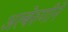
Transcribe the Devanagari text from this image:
अल्बेरुणीने